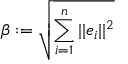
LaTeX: \beta : = { \sqrt { \sum _ { i = 1 } ^ { n } | | e _ { i } | | ^ { 2 } } }